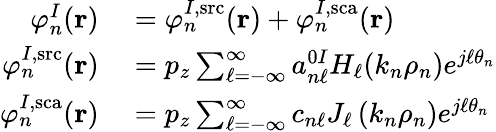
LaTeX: \begin{array}{rl}{\varphi_{n}^{I}(\mathbf{r})}&{{}=\varphi_{n}^{I,\mathrm{src}}(\mathbf{r})+\varphi_{n}^{I,\mathrm{sca}}(\mathbf{r})}\\ {\varphi_{n}^{I,\mathrm{src}}(\mathbf{r})}&{{}=p_{z}\sum_{\ell=-\infty}^{\infty}a_{n\ell}^{0I}H_{\ell}(k_{n}\rho_{n})e^{j\ell\theta_{n}}}\\ {\varphi_{n}^{I,\mathrm{sca}}(\mathbf{r})}&{{}=p_{z}\sum_{\ell=-\infty}^{\infty}c_{n\ell}J_{\ell}\left(k_{n}\rho_{n}\right)e^{j\ell\theta_{n}}}\end{array}